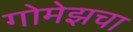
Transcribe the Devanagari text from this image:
गोमेझचा